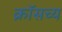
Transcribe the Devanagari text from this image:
क्रॉसच्य